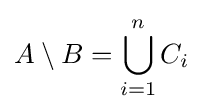
A\setminus B=\bigcup _{i=1}^{n}C_{i}